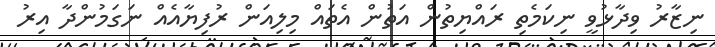
ނިޒާރު ވިދާޅުވީ ނިކަމެތި ރައްޔިތުން އަތުން އެތައް މިލިއަން ރުފިޔާއެއް ނަގަމުންދާ އިރު